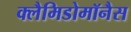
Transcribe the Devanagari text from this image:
क्लैमिडोमॉनैस